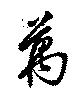
万